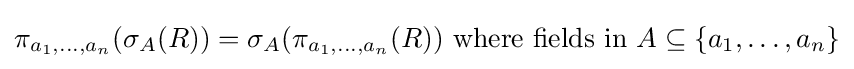
\pi _{a_{1},\ldots ,a_{n}}(\sigma _{A}(R))=\sigma _{A}(\pi _{a_{1},\ldots ,a_{n}}(R)){\text{ where fields in }}A\subseteq \{a_{1},\ldots ,a_{n}\}